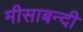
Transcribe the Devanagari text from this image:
मीसाबन्दी